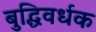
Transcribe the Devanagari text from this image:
बुद्धिवर्धक